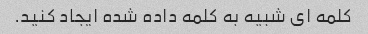
کلمه ای شبیه به کلمه داده شده ایجاد کنید.